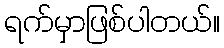
ရက်မှာဖြစ်ပါတယ်။